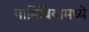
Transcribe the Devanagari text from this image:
नामिबियामध्ये